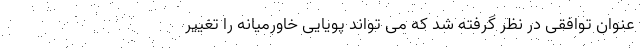
عنوان توافقی در نظر گرفته شد که می تواند پویایی خاورمیانه را تغییر